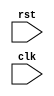
module example_module (
    input wire rst,
    input wire clk
);

reg [31:0] counter;

always @(posedge rst) begin
    counter <= 0;
end

endmodule